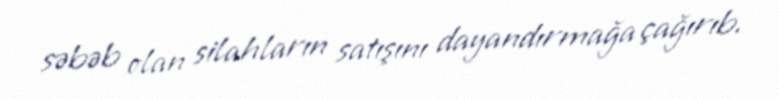
səbəb olan silahların satışını dayandırmağa çağırıb.